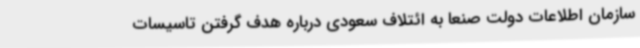
سازمان اطلاعات دولت صنعا به ائتلاف سعودی درباره هدف گرفتن تاسیسات